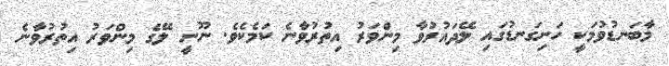
މާބަނޑުވުމަކީ ހަށިގަނޑުގައި ލޭދައުރުވާ މިންވަރު އިތުރުވާނެ ކަމެކެވެ. ނޫނީ ލޭގެ މިންވަރު އިތުރުވާނެ